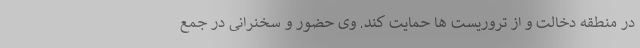
در منطقه دخالت و از تروریست ها حمایت کند. وی حضور و سخنرانی در جمع